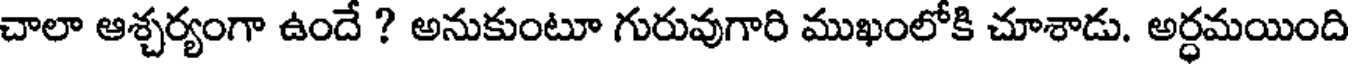
చాలా ఆశ్చర్యంగా ఉందే ? అనుకుంటూ గురువుగారి ముఖంలోకి చూశాడు. అర్ధమయింది